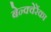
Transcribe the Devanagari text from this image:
बेन्क्वेरेंका